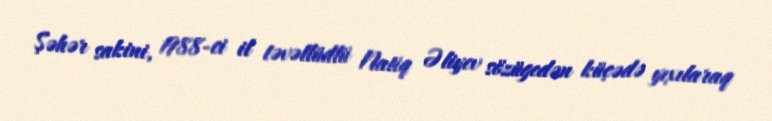
Şəhər sakini, 1988-ci il təvəllüdlü Natiq Əliyev sözügedən küçədə yıxılaraq